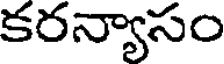
కరన్యాసం